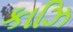
કાઝિ